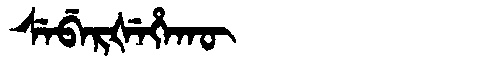
Manchu: ᠰᡝᠪᡝᡵᡧᡝᡥᠠᡴᡡ
Romanization: SEBERŠEHAKŪ